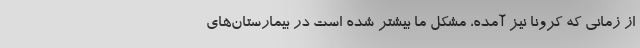
از زمانی که کرونا نیز آمده، مشکل ما بیشتر شده است در بیمارستان‌های